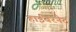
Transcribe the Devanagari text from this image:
हाईबरनेट